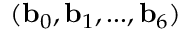
( \mathbf { b } _ { 0 } , \mathbf { b } _ { 1 } , . . . , \mathbf { b } _ { 6 } )